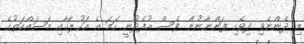
މި ދެންނެވި ދިވެހި ފަންނާނުން ވެސް އުފެދުނީ ހަމަ އެ އަހުލާގާއި މަސައްކަތުގެ